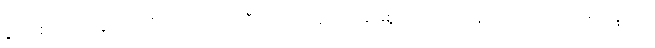
ပွားစေအပ်ကုန်သည်ရှိသော်။ ဗဟုလီကတာ၊ အကြိမ်များစွာပြု အပ်ကုန်သည်ရှိသော်။ မဟပ္ဖလာ၊